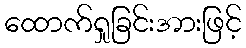
ထောက်ရှုခြင်းအားဖြင့်